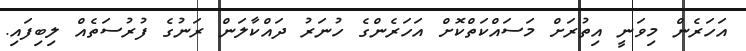
އަހަރެން މިވަނީ އިތުރަށް މަސައްކަތްކޮށް އަހަރެންގެ ހުނަރު ދައްކާލަން ރަނުގެ ފުރުސަތެއް ލިބިފައި.